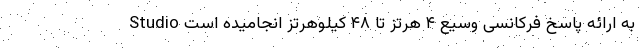
Studio به ارائه پاسخ فرکانسی وسیع ۴ هرتز تا ۴۸ کیلوهرتز انجامیده است